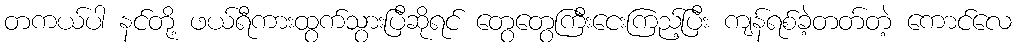
တကယ်ပါ နင်တို့ ဖယ်ရီကားထွက်သွားပြီဆိုရင် တွေတွေကြီးငေးကြည့်ပြီး ကျန်ရစ်ခဲ့တတ်တဲ့ ကောင်လေ